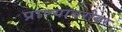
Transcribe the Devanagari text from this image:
प्राण्याबरोबर